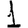
Digit: 1